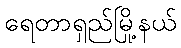
ရေတာရှည်မြို့နယ်